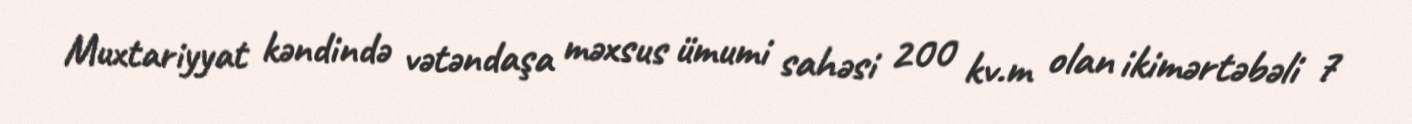
Muxtariyyat kəndində vətəndaşa məxsus ümumi sahəsi 200 kv.m olan ikimərtəbəli 7